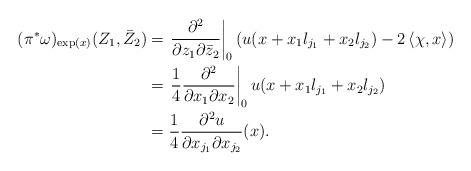
LaTeX: \begin{align*}(\pi^*\omega)_{\exp(x)}(Z_1,\bar{Z}_2) &= \left.\frac{\partial^2}{\partial z_1 \partial \bar{z}_2}\right|_0 \left( u(x+x_1l_{j_1}+x_2l_{j_2})-2\left<\chi, x\right> \right)\\&= \left.\frac{1}{4}\frac{\partial^2}{\partial x_1 \partial x_2}\right|_0 u(x+x_1l_{j_1}+x_2l_{j_2}) \\& = \frac{1}{4}\frac{\partial^2 u}{\partial x_{j_1} \partial x_{j_2}}(x). \end{align*}